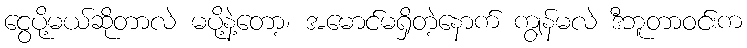
ငွေပို့မယ်ဆိုတာလဲ မပို့နဲ့တော့၊ အမောင်မရှိတဲ့နောက် ကျွန်မလဲ ဒီဘူတာဝင်းက